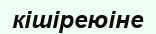
кішіреюіне